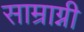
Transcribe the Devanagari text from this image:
साम्राग्नी